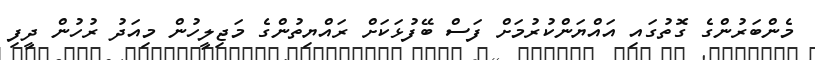
މެންބަރުންގެ ގޮތުގައި އައްޔަންކުރުމަށް ފަސް ބޭފުޅަކަށް ރައްޔިތުންގެ މަޖިލީހުން މިއަދު ރުހުން ދީފި